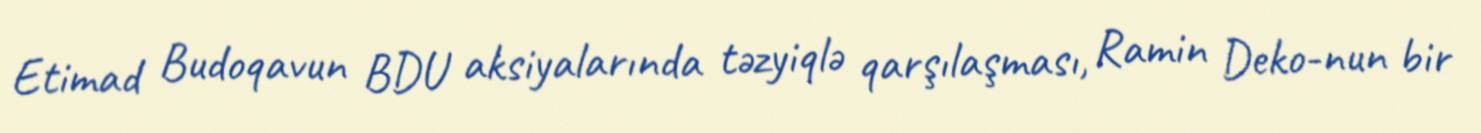
Etimad Budoqavun BDU aksiyalarında təzyiqlə qarşılaşması, Ramin Deko-nun bir